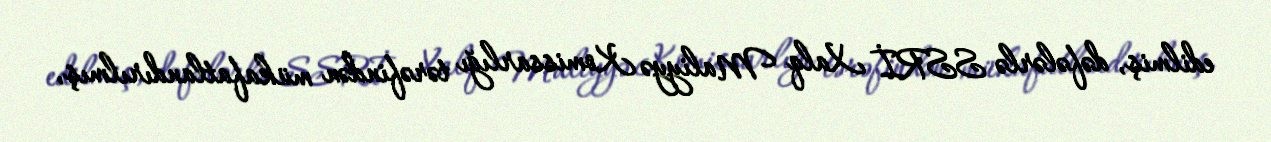
edilmiş, dəfələrlə SSRİ Xalq Maliyyə Komissarlığı tərəfindən mükafatlandırılmış,